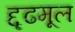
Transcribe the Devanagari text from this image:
द्दृढमूल